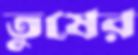
তুষের